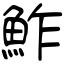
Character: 鮓